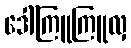
ဒေါ်ကြူကြူလှ